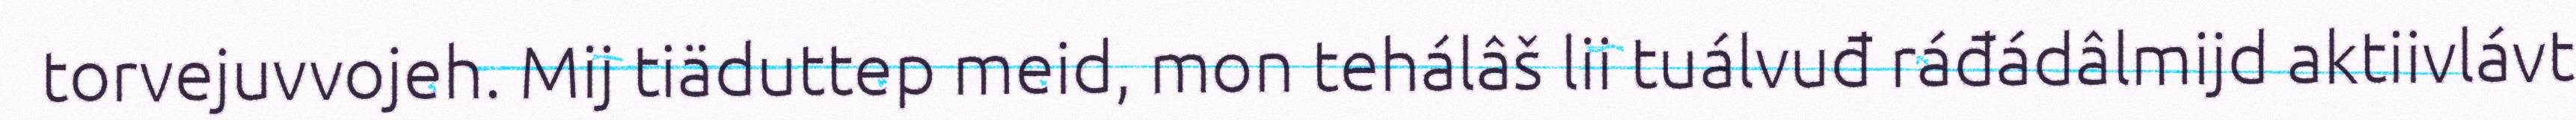
torvejuvvojeh. Mij tiäduttep meid, mon tehálâš lii tuálvuđ ráđádâlmijd aktiivlávt